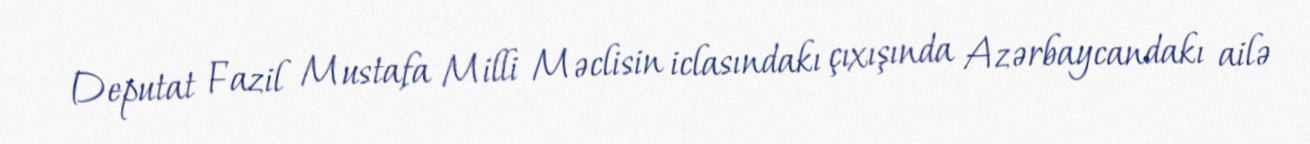
Deputat Fazil Mustafa Milli Məclisin iclasındakı çıxışında Azərbaycandakı ailə